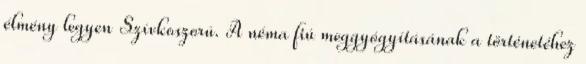
élmény legyen Szívkoszorú. A néma fiú meggyógyításának a történetéhez